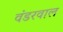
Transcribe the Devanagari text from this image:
वंडरवाल